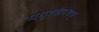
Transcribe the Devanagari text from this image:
मयूरसंदेशम्